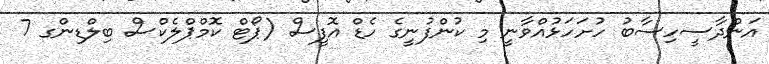
އަންދާސީހިސާބު ހުށަހަޅުއްވާނީ މި ކުންފުނީގެ ހެޑް އޮފީސް (ޕޯޓް ކޮމްޕްލެކްސް ބިލްޑިންގ 7